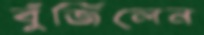
বুঁজিলেন